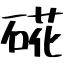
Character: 硴